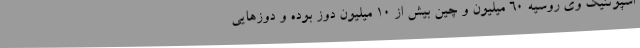
اسپوتنیک وی روسیه ۶۰ میلیون و چین بیش از ۱۰ میلیون دوز بوده و دوزهایی